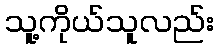
သူ့ကိုယ်သူလည်း